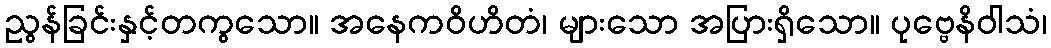
ညွန်ခြင်းနှင့်တကွသော။ အနေကဝိဟိတံ၊ များသော အပြားရှိသော။ ပုဗ္ဗေနိဝါသံ၊